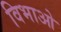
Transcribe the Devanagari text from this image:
विभाओ